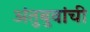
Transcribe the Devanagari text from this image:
अंतुबुवांची